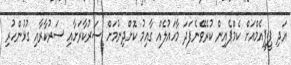
އަދި ޕީޕީއެމްއަށް ކެމްޕެއިން ކުރެވޭނެފަދަ މާހައުލެއް ގާއިމު ކޮށްދިނުމަށް ސަރުކާރަށާއި ސަރުކާރާއި ގުޅުންހުރި